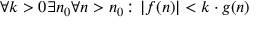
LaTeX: \forall k > 0 \exists n _ { 0 } \forall n > n _ { 0 } \colon | f ( n ) | < k \cdot g ( n )